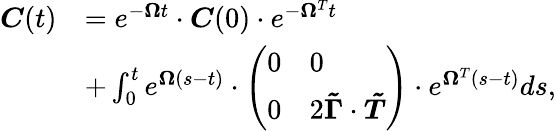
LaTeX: \begin{array}{rl}{\boldsymbol{C}(t)}&{=e^{-\boldsymbol{\Omega}t}\cdot\boldsymbol{C}(0)\cdot e^{-\boldsymbol{\Omega}^{T}t}}\\ &{+\int_{0}^{t}e^{\boldsymbol{\Omega}(s-t)}\cdot\left(\begin{array}{ll}{0}&{0}\\ {0}&{2\boldsymbol{\tilde{\Gamma}}\cdot\boldsymbol{\tilde{T}}}\end{array}\right)\cdot e^{\boldsymbol{\Omega}^{T}(s-t)}ds,}\end{array}